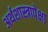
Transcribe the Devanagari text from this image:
अर्थशास्त्रापेक्षा